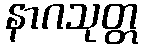
နာဂသုတ္တ